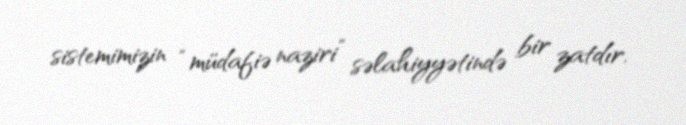
sistemimizin “müdafiə naziri” səlahiyyətində bir zatdır.